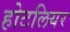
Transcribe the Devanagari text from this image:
होटलियर